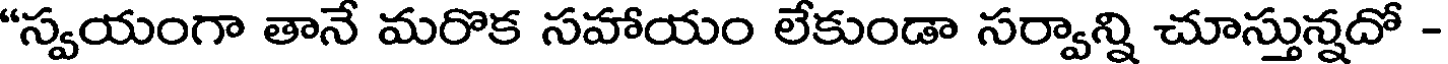
"స్వయంగా తానే మరొక సహాయం లేకుండా సర్వాన్ని చూస్తున్నదో -